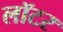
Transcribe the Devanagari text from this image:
लॉटर